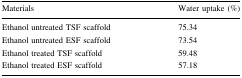
<table><thead><tr><td><b>Materials</b></td><td><b>Water uptake (%)</b></td></tr></thead><tbody><tr><td>Ethanol untreated TSF scaffold</td><td>75.34</td></tr><tr><td>Ethanol untreated ESF scaffold</td><td>73.54</td></tr><tr><td>Ethanol treated TSF scaffold</td><td>59.48</td></tr><tr><td>Ethanol treated ESF scaffold</td><td>57.18</td></tr></tbody></table>